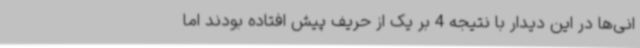
انی‌ها در این دیدار با نتیجه 4 بر یک از حریف پیش افتاده بودند اما